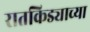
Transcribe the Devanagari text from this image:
रातकिड्याच्या